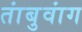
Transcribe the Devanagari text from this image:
तांबुवांग